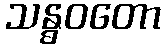
သန္ဓဝတော